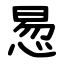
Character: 惖